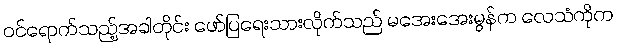
ဝင်ရောက်သည့်အခါတိုင်း ဖော်ပြရေးသားလိုက်သည် မအေးအေးမွန်က လေသံကိုက